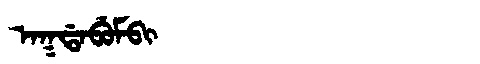
Manchu: ᠠᡴᡩᠠᠪᡠᠮᠪᡳ
Romanization: AKDABUMBI